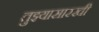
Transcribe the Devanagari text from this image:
तुझ्यासारखी